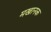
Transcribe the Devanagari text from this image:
मखानक